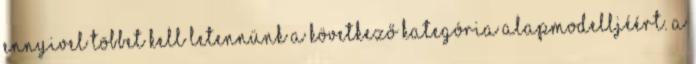
ennyivel többet kell letennünk a következő kategória alapmodelljéért. A